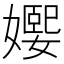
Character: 𡢰